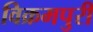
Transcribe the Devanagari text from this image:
विक्रमपुरी